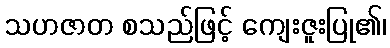
သဟဇာတ စသည်ဖြင့် ကျေးဇူးပြု၏၊